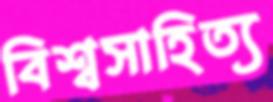
বিশ্বসাহিত্য